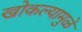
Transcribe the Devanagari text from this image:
खोकल्यामुळे